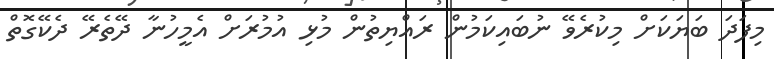
މިފަދަ ބަޔަކަށް މިކުރެވޭ ނުބައިކަމުން ރައްޔިތުން މުޅި އުމުރަށް އެމީހުނާ ދޭތެރޭ ދެކޭގޮތް